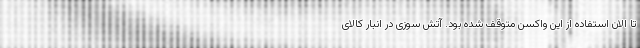
تا الان استفاده از این واکسن متوقف شده بود. آتش سوزی در انبار کالای